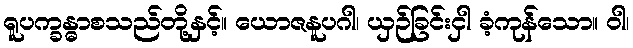
ရူပက္ခန္ဓာစသည်တို့နှင့်။ ယောဇနူပဂါ၊ ယှဉ်ခြင်းငှါ ခံ့ကုန်သော။ ဝါ၊